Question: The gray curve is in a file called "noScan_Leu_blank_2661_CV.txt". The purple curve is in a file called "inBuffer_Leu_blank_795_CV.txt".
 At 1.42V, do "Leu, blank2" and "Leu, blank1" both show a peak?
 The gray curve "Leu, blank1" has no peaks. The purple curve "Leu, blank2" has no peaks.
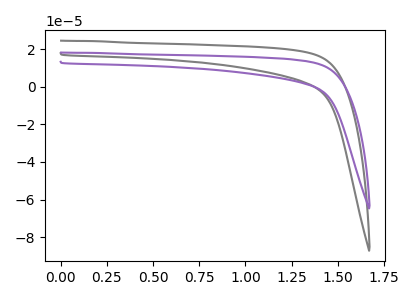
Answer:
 <answer>No, "Leu, blank2" and "Leu, blank1" dont share a peak at 1.42V.</answer>
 <eval>mismatch</eval>